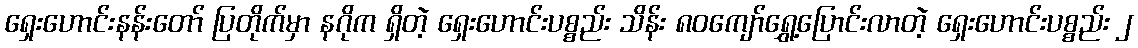
ရှေးဟောင်းနန်းတော် ပြတိုက်မှာ နဂိုက ရှိတဲ့ ရှေးဟောင်းပစ္စည်း သိန်း ၈၀ကျော်ရွှေ့ပြောင်းလာတဲ့ ရှေးဟောင်းပစ္စည်း ၂